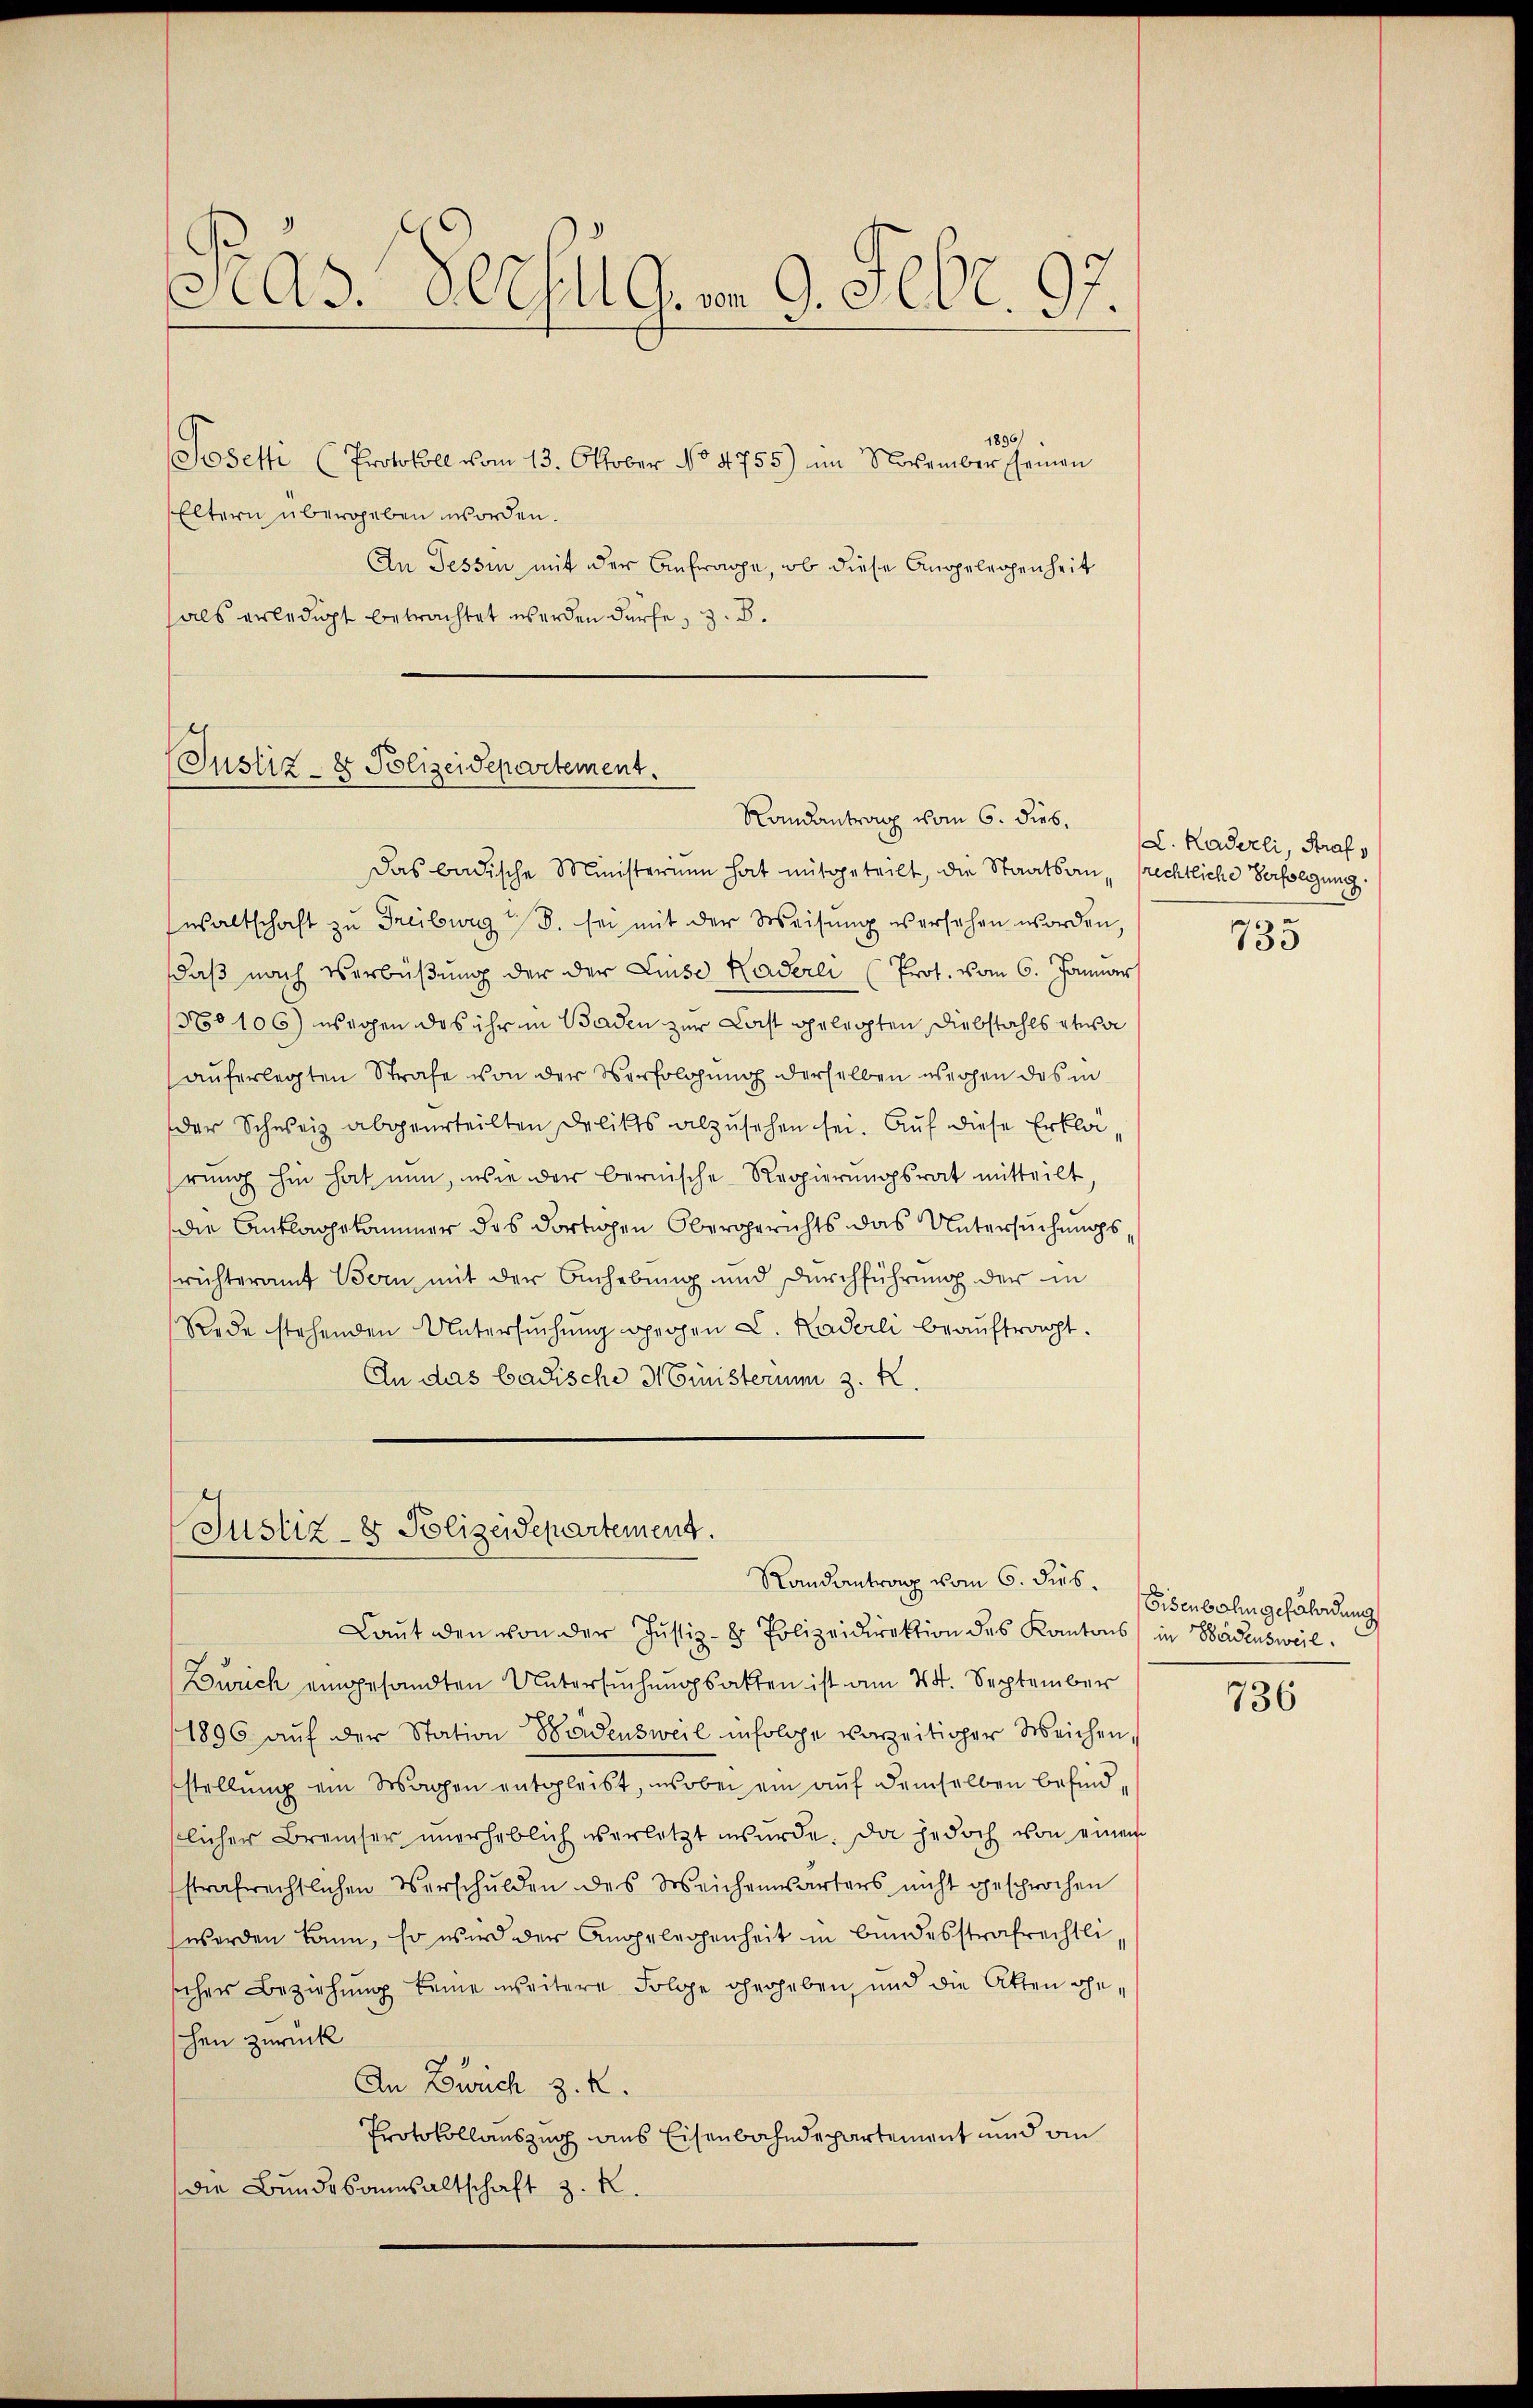
Pras. Verzug. v. 9. Febr. 97.

1896
Sosetti (Protokoll vom 13. Oktober No 4755) im November seinen
Eltern übergeben worden.
An Tessin mit der Anfrage, ob diese Angelegenheit
hals erledigt betrachtet werden dürfe, z. B.

(Justiz- & Polizeidepartement.
Randantrag vom 6. dies,

Das badische Ministerium hat mitgeteilt, die Staatsan- frechtliche Verfolgung.
waltschaft zu Freiburg S. sei mit der Weisung versehen worden,
daß nach Verbüßung der der Linse Haderei Prot. vom 6. Januar
570106) wegen das ihr in Baden zur Last gelegten Diebstahls etwa
auferlegten Strafe von der Verfolgung derselben werden das in
der Schweiz abgeurteilten Delikts abzusehen sei. Auf diese Erklär,
hrung hin hat nun, wie der bernische Regierungsrat mitteilt,
die Anklagekammer das dortigen Obergerichts das Untersuchungs
richteramt Bern, mit der Anhebung und Durchführung der in
Rede stehenden Untersŭchŭng gegen L. Kaderli beaŭftragt.
An das badische Ministerim 3. K

Justiz- & Polizeidepartement.
Randantrag vom 6. dies

Laut den von der Justiz- & Polizeidirektion des Kantons in Badensweil
Zürich eingesandten Untersuchungsakten ist am 24. September
1896 auf der Station Badensweil infolge vorzeitiger Weichen,
stellung ein Wagen entgleibt, wobei ein auf demselben befindlicher Bremher unerheblich verletzt wŭrde. Da jedoch von einem
strafrechtlichen Verschulden des Weichenwärters nicht gesprochen
werden kann, so wird der Angelegenheit in bundesstrafrechtlisicher Beziehung keine weitere Folge eherheben, und die Atten Eheschen zurück
An Zweich z. R.
Protokollauszug aus Eisenbahndepartement und ain
die Bundesannsaltschaft z. R.

L. Kaderli, Straf,

735

Eisenbahn gefährdung

736